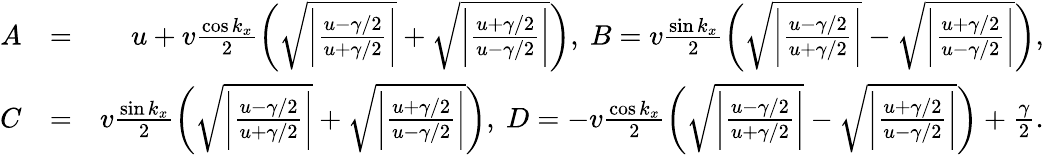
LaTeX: \begin{array}{rlr}{A}&{=}&{u+v\frac{\cos k_{x}}{2}\left(\sqrt{\bigg|\frac{u-\gamma/2}{u+\gamma/2}\bigg|}+\sqrt{\bigg|\frac{u+\gamma/2}{u-\gamma/2}\bigg|}\right),~B=v\frac{\sin k_{x}}{2}\left(\sqrt{\bigg|\frac{u-\gamma/2}{u+\gamma/2}\bigg|}-\sqrt{\bigg|\frac{u+\gamma/2}{u-\gamma/2}\bigg|}\right),}\\ {C}&{=}&{v\frac{\sin k_{x}}{2}\left(\sqrt{\bigg|\frac{u-\gamma/2}{u+\gamma/2}\bigg|}+\sqrt{\bigg|\frac{u+\gamma/2}{u-\gamma/2}\bigg|}\right),~D=-v\frac{\cos k_{x}}{2}\left(\sqrt{\bigg|\frac{u-\gamma/2}{u+\gamma/2}\bigg|}-\sqrt{\bigg|\frac{u+\gamma/2}{u-\gamma/2}\bigg|}\right)+\frac{\gamma}{2}.}\end{array}